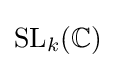
\mathrm {SL} _{k}(\mathbb {C} )